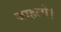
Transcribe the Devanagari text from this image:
जाहलो।